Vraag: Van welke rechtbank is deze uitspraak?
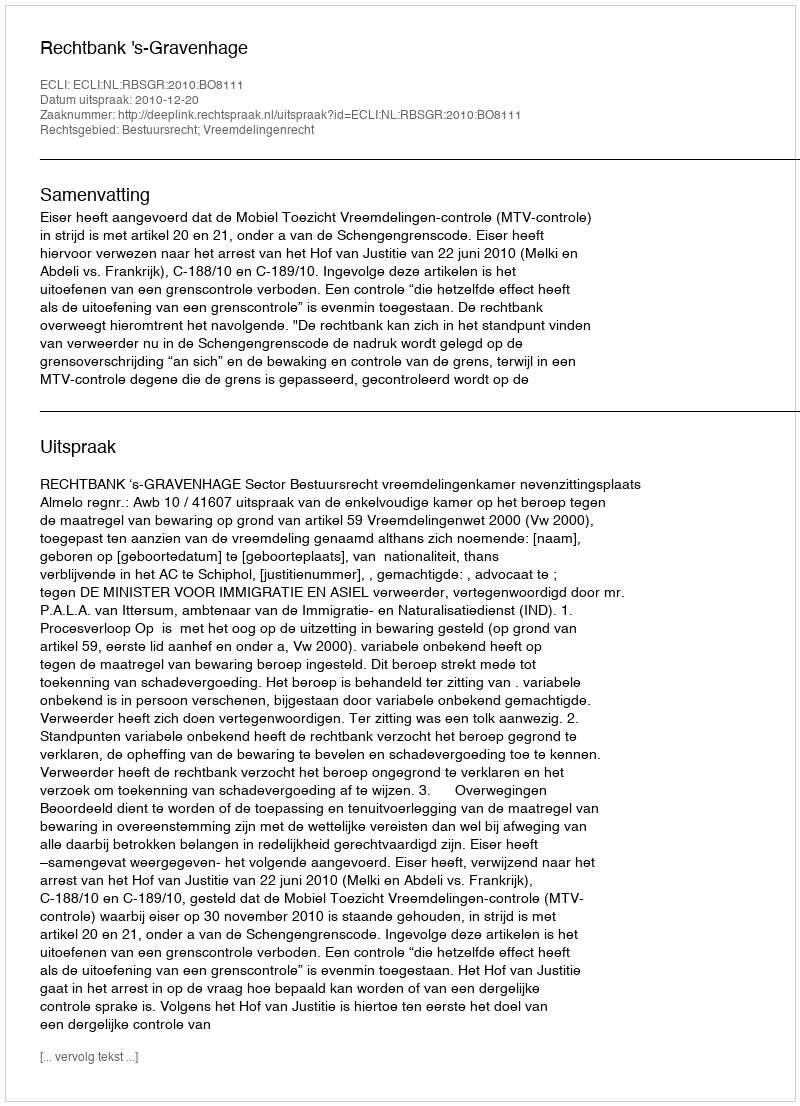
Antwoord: Rechtbank 's-Gravenhage